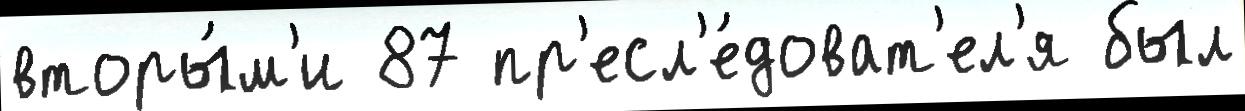
вторы́м'и 87 пр'есл'е́доват'ел'я был